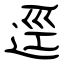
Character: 逕